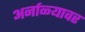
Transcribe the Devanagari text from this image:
अर्नाळ्यावर